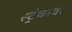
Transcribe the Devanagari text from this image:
स्ट्रेचरवर